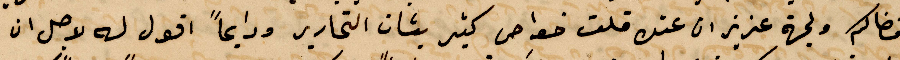
افضالكم ولجهة عزيز ان عنك قلت خواص كثير بشان التحارير ودايمًا أقول له لاجل ان